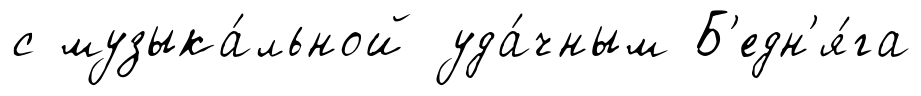
с музыка́льной уда́чным Б'едн'я́га